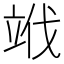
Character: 𥩱